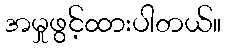
အမှုဖွင့်ထားပါတယ်။